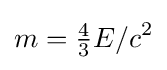
m={\tfrac {4}{3}}E/c^{2}